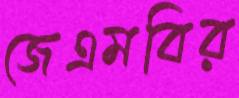
জেএমবির